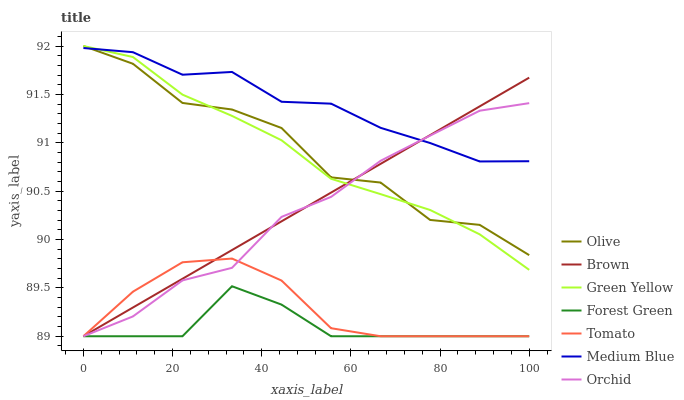
| xaxis_label | Olive | Brown | Green Yellow | Forest Green | Tomato | Medium Blue | Orchid |
 | --- | --- | --- | --- | --- | --- | --- | --- |
 | 0 | 92 | 89 | 92 | 89 | 89 | 92 | 89 |
 | 11.1 | 91.8 | 89.3 | 91.9 | 89 | 89.5 | 91.9 | 89.2 |
 | 22.2 | 91.4 | 89.6 | 91.5 | 89 | 89.8 | 91.7 | 89.6 |
 | 33.3 | 91.3 | 89.9 | 91.3 | 89.5 | 89.8 | 91.7 | 89.7 |
 | 44.4 | 91.2 | 90.2 | 91 | 89.3 | 89.6 | 91.4 | 90.2 |
 | 55.6 | 90.6 | 90.5 | 90.6 | 89 | 89.1 | 91.4 | 90.4 |
 | 66.7 | 90.6 | 90.8 | 90.5 | 89 | 89 | 91.2 | 90.8 |
 | 77.8 | 90.2 | 91.1 | 90.3 | 89 | 89 | 91 | 91.1 |
 | 88.9 | 90.2 | 91.4 | 90.1 | 89 | 89 | 90.8 | 91.3 |
 | 100 | 89.8 | 91.7 | 89.7 | 89 | 89 | 90.8 | 91.4 |